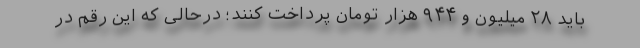
باید ۲۸ میلیون و ۹۴۴ هزار تومان پرداخت کنند؛ درحالی که این رقم در